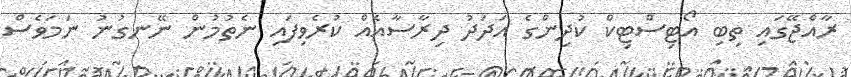
ރާއްޖޭގައި ތިބި އޯޓިސްޓިކް ކުދިންގެ އަދަދު ދިރާސާއެއް ކުރެވިފައި ނެތުމުން ނޭނގުނު ނަމަވެސް